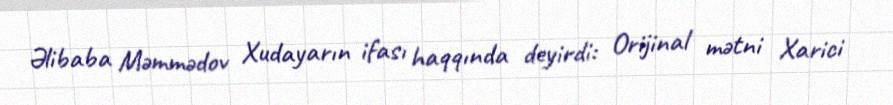
Əlibaba Məmmədov Xudayarın ifası haqqında deyirdi: Orijinal mətni Xarici